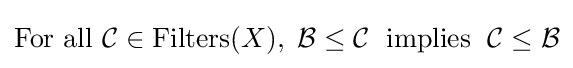
{\text{For all }}{\mathcal {C}}\in \operatorname {Filters} (X),\;{\mathcal {B}}\leq {\mathcal {C}}\;{\text{ implies }}\;{\mathcal {C}}\leq {\mathcal {B}}